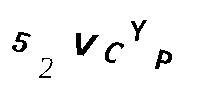
52VCYP